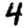
Digit: 4